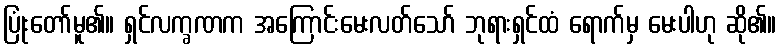
ပြုံးတော်မူ၏။ ရှင်လက္ခဏက အကြောင်းမေးလတ်သော် ဘုရားရှင်ထံ ရောက်မှ မေးပါဟု ဆို၏။